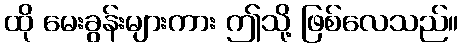
ထို မေးခွန်းများကား ဤသို့ ဖြစ်လေသည်။